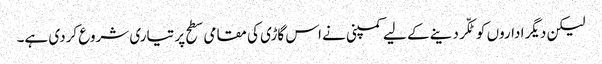
لیکن دیگر اداروں کو ٹکّر دینے کے لیے کمپنی نے اس گاڑی کی مقامی سطح پر تیاری شروع کردی ہے۔